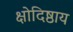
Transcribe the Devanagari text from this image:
क्षोदिष्ठाय